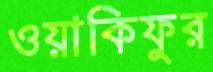
ওয়াকিফুর